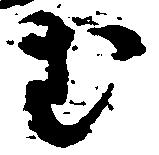
む